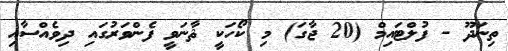
ތިނަދޫ - ފުލްޓައިމް (20 ޖާގަ) މި ކޯހަކީ ޘާނަވީ ފެންވަރުގައި ދިވެއްސާއި